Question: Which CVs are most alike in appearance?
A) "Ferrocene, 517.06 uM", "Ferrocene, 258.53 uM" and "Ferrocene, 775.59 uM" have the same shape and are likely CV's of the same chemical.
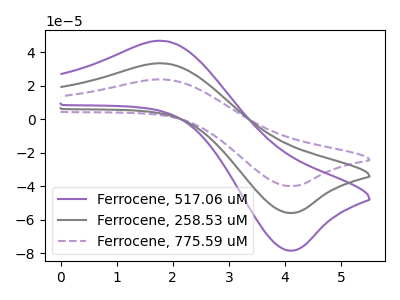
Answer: <think>The purple curve "Ferrocene, 517.06 uM" has an anodic peak at (1.85V, 46.80uA) and a cathodic peak at (4.05V, -78.30uA). The gray curve "Ferrocene, 258.53 uM" has an anodic peak at (1.85V, 33.40uA) and a cathodic peak at (4.05V, -55.85uA). The purple dashed curve "Ferrocene, 775.59 uM" has an anodic peak at (1.85V, 66.75uA) and a cathodic peak at (4.05V, -111.75uA).
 All the peaks in "Ferrocene, 517.06 uM" have a peak in "Ferrocene, 258.53 uM" at the same potential. Every peak in "Ferrocene, 517.06 uM" is higher than every peak in "Ferrocene, 258.53 uM". All the peaks in "Ferrocene, 517.06 uM" have a peak in "Ferrocene, 775.59 uM" at the same potential. Every peak in "Ferrocene, 517.06 uM" is lower than every peak in "Ferrocene, 775.59 uM". All the peaks in "Ferrocene, 258.53 uM" have a peak in "Ferrocene, 775.59 uM" at the same potential. Every peak in "Ferrocene, 258.53 uM" is lower than every peak in "Ferrocene, 775.59 uM".</think>
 <answer>A) "Ferrocene, 517.06 uM", "Ferrocene, 258.53 uM" and "Ferrocene, 775.59 uM" have the same shape and are likely CV's of the same chemical.</answer>
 <eval>A</eval>